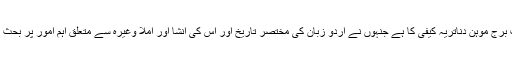
اردو کی خدمت کرنے والوں میں ایک نمایاں نام پنڈت برج موہن دناتریہ کیفی کا ہے جنہوں نے اردو زبان کی مختصر تاریخ اور اس کی انشا اور املا وغیرہ سے متعلق اہم امور پر بحث کی ہے اور ’کیفیہ‘ کے نام سے کتاب مرتب کی ہے۔